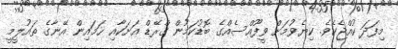
މިފަދަ ކުއްޖެކެވެ. ކިޔެވުމަށް ވީފޫއްސެއްގެ ބޮޑުކަމުން ގްރޭޑް އަށަކާއި ހަމައިން އޭނާގެ ތައުލީމީ